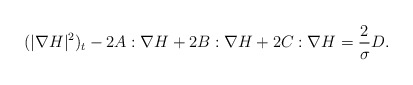
\begin{align*}&(|\nabla H|^2)_t-2A:\nabla H+2 B: \nabla H+2C : \nabla H=\frac{2}{\sigma}D.\end{align*}